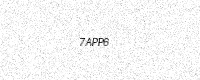
Text: 7APP6